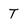
Character: T